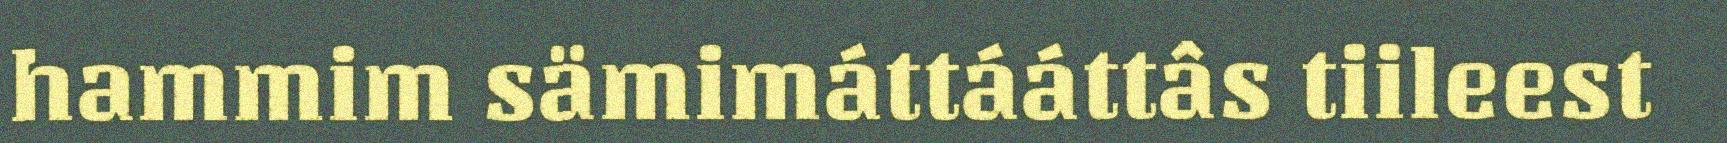
hammim sämimáttááttâs tiileest